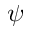
\psi